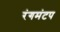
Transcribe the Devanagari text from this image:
रंगमंटप